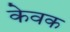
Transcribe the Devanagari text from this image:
केवक